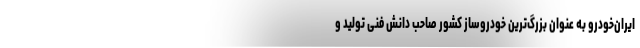
ایران‌خودرو به عنوان بزرگ‌ترین خودروساز کشور صاحب دانش فنی تولید و